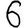
Digit: 6